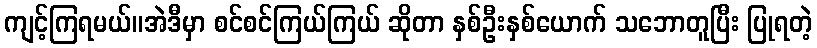
ကျင့်ကြရမယ်။အဲဒီမှာ စင်စင်ကြယ်ကြယ် ဆိုတာ နှစ်ဦးနှစ်ယောက် သဘောတူပြီး ပြုရတဲ့